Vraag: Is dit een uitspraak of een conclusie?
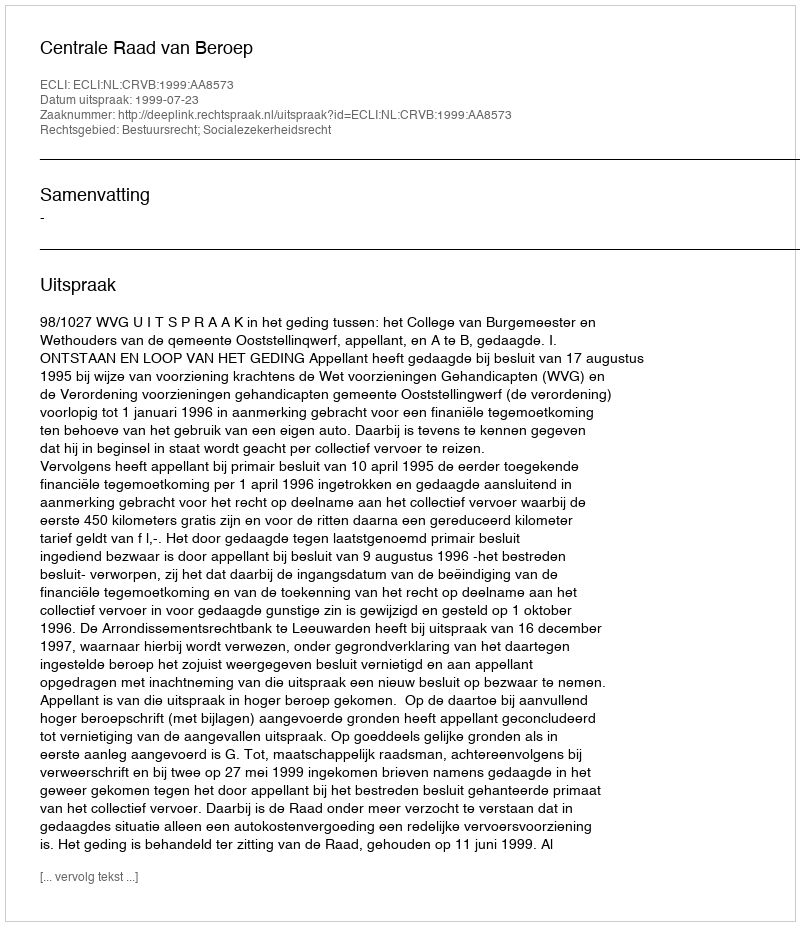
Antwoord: Uitspraak